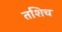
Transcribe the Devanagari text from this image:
तशिच